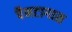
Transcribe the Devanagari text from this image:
पैनटागास